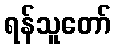
ရန်သူတော်